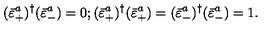
( \bar { \varepsilon } _ { + } ^ { a } ) ^ { \dagger } ( \bar { \varepsilon } _ { - } ^ { a } ) = 0 ; ( \bar { \varepsilon } _ { + } ^ { a } ) ^ { \dagger } ( \bar { \varepsilon } _ { + } ^ { a } ) = ( \bar { \varepsilon } _ { - } ^ { a } ) ^ { \dagger } ( \bar { \varepsilon } _ { - } ^ { a } ) = 1 .